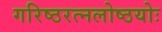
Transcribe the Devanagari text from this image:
गरिष्ठरत्नलोष्ठयोः